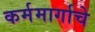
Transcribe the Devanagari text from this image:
कर्ममार्गाचे